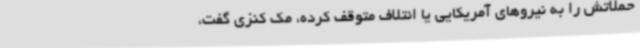
حملاتش را به نیروهای آمریکایی یا ائتلاف متوقف کرده، مک کنزی گفت،